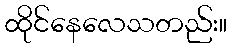
ထိုင်နေလေသတည်း။